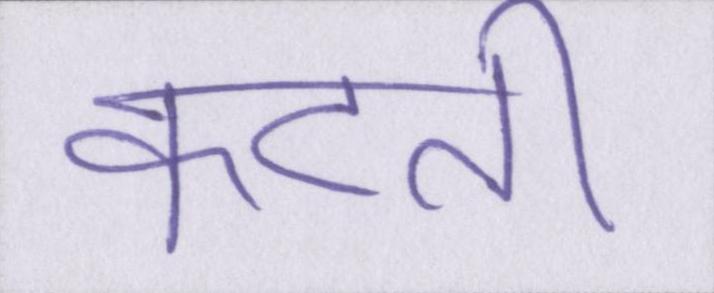
कटती